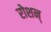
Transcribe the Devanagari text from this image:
रोशन्